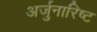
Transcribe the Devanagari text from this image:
अर्जुनारिष्ट